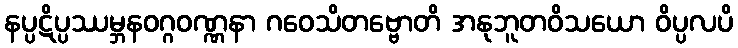
နပ္ပဋိပ္ပဿမ္ဘနဝဂ္ဂဝဏ္ဏနာ ဂဝေသိတဗ္ဗောတိ အနုဘူတဝိသယော ဝိပ္ပလပိ